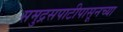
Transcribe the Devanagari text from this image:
समुद्रसपाटीपासूनच्या